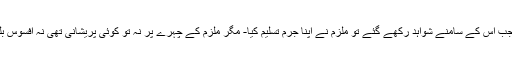
مگر ملزم نے شروع میں تسلیم کرنے سے انکار کیا لیکن جب اس کے سامنے شواہد رکھے گئے تو ملزم نے اپنا جرم تسلیم کیا- مگر ملزم کے چہرے پر نہ تو کوئی پریشانی تھی نہ افسوس بلکہ اس نے بڑے اعتماد کے ساتھ سوالات کے جواب دیے۔